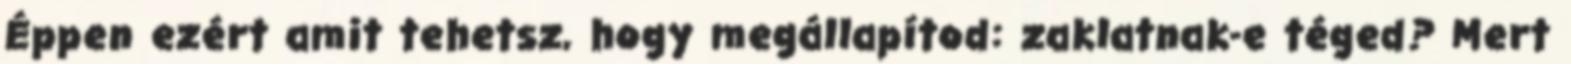
Éppen ezért amit tehetsz, hogy megállapítod: zaklatnak-e téged? Mert